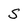
Character: S